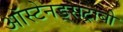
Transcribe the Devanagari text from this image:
ऑस्टेनड्सट्राबी